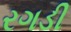
રગડી